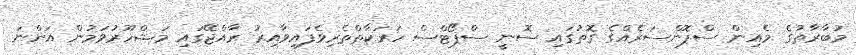
މުބާރާތުގެ މެއިން ސްޕޮންސަރެއްގެ ގޮތުގައި ސޮނީ ސްޕޯޓްސް ހަރަކާތްތެރިވެފައިވާއިރު ރާއްޖޭގައި މަޝްހޫރުވަމުން އަންނަ